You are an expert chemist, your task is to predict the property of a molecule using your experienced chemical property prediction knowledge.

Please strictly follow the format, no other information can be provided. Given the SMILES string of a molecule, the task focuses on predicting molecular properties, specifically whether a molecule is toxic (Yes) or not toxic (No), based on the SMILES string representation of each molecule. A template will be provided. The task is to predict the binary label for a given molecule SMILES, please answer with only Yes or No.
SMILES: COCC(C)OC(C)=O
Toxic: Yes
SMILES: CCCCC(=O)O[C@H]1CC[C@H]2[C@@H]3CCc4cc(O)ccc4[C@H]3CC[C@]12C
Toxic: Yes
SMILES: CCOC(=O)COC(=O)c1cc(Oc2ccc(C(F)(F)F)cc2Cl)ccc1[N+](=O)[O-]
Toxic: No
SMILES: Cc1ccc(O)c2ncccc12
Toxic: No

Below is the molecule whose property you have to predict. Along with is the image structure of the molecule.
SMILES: COc1cc(C=CC(=O)N2CCN(CC(=O)N3CCCC3)CC2)cc(OC)c1OC
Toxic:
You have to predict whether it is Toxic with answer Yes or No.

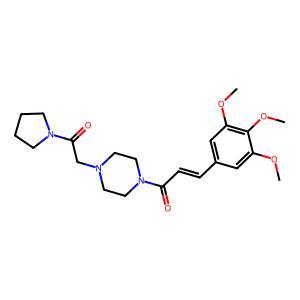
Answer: No